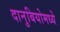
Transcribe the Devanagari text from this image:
दानुबियोमध्ये